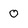
Character: 0